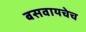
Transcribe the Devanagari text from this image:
बसवायचेच